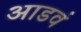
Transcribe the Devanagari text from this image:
आडवं